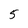
Character: 5